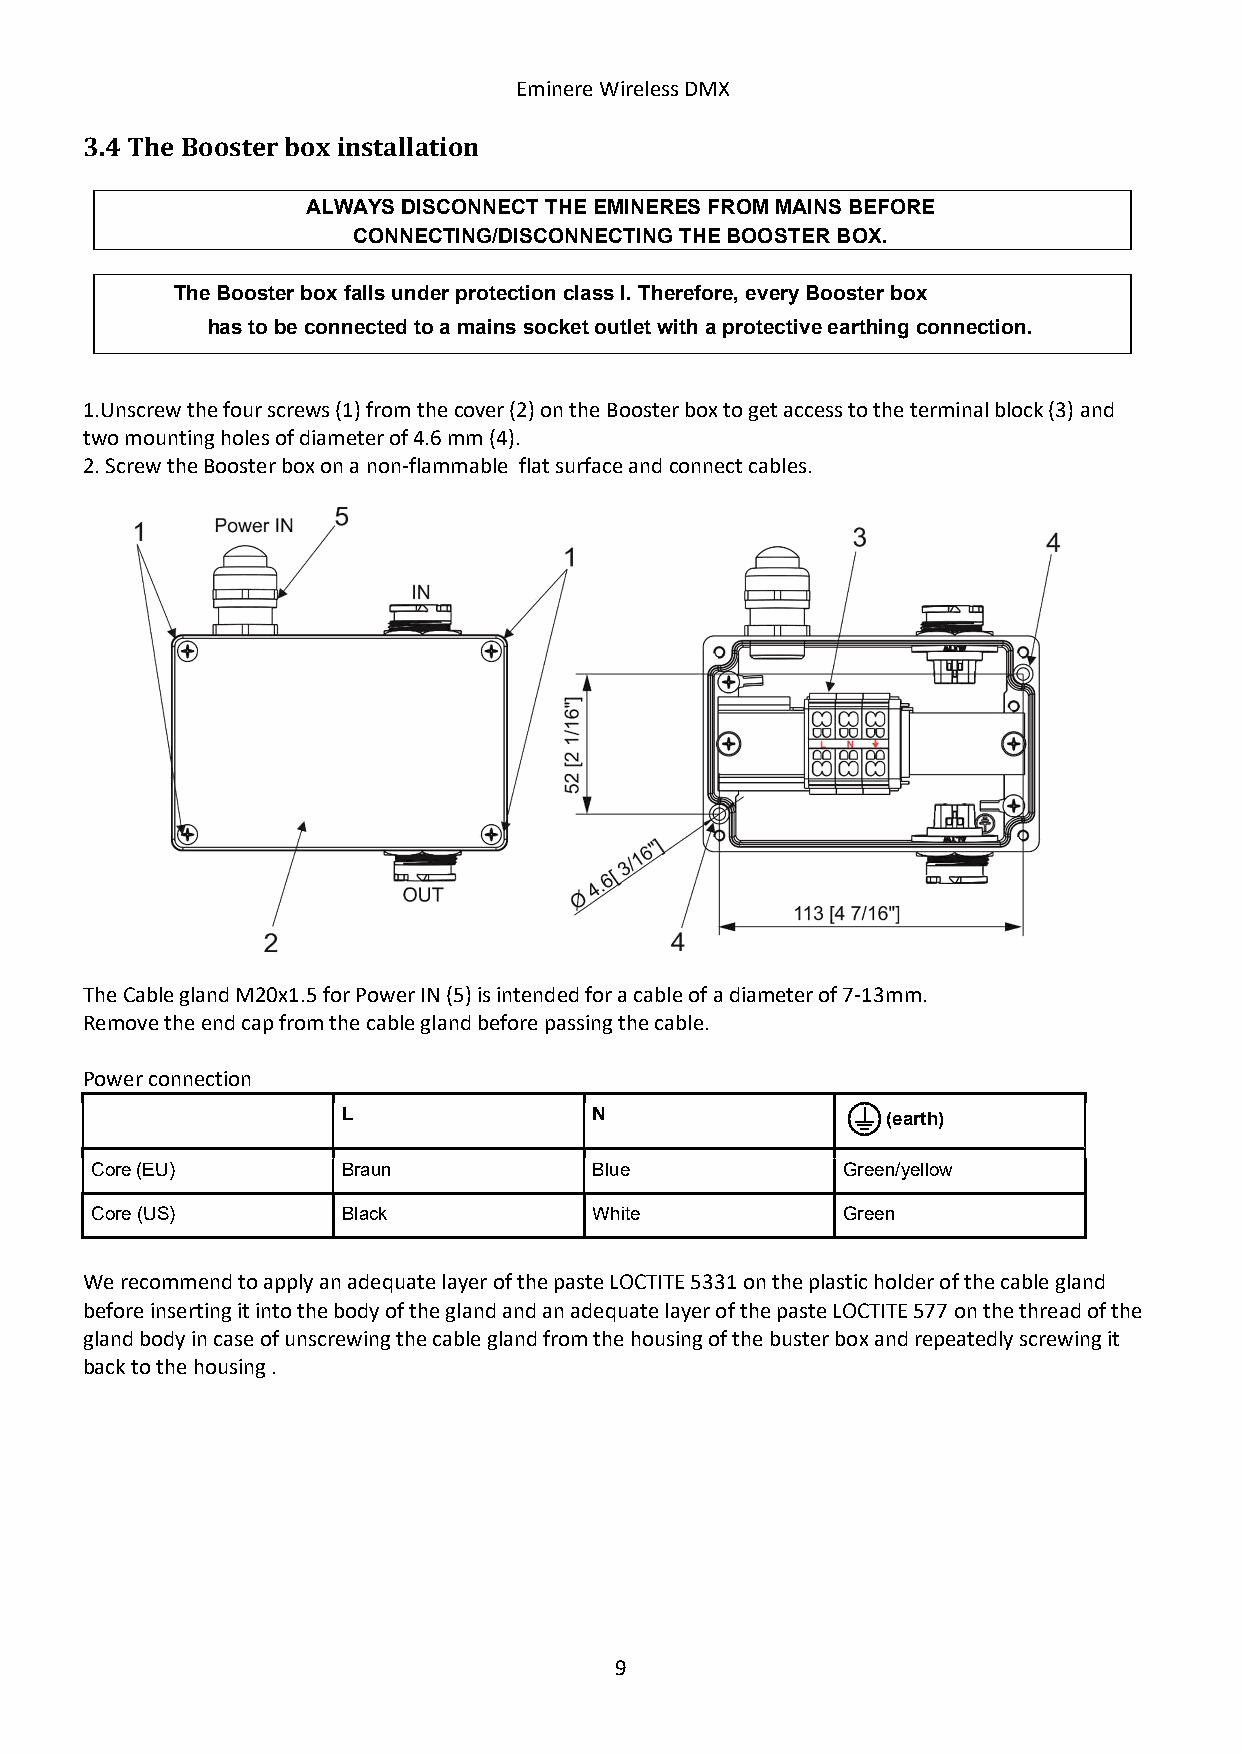
Eminere Wireless DMX
 3.4 The Booster box installation
 ALWAYS DISCONNECT THE EMINERES FROM MAINS BEFORE
 CONNECTING/DISCONNECTING THE BOOSTER BOX.
 The Booster box falls under protection class I. Therefore, every Booster box
 has to be connected to a mains socket outlet with a protective earthing connection.
 1.Unscrew the four screws (1) from the cover (2) on the Booster box to get access to the terminal block (3) and
 two mounting holes of diameter of 4.6 mm (4).
 2. Screw the Booster box on a non-flammable flat surface and connect cables.
 The Cable gland M20x1.5 for Power IN (5) is intended for a cable of a diameter of 7-13mm.
 Remove the end cap from the cable gland before passing the cable.
 Power connection
 L               N                   (earth)
 Core (EU)        Braun           Blue             Green/yellow
 Core (US)        Black           White            Green
 We recommend to apply an adequate layer of the paste LOCTITE 5331 on the plastic holder of the cable gland
 before inserting it into the body of the gland and an adequate layer of the paste LOCTITE 577 on the thread of the
 gland body in case of unscrewing the cable gland from the housing of the buster box and repeatedly screwing it
 back to the housing .
 9